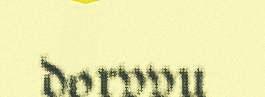
dorvvu